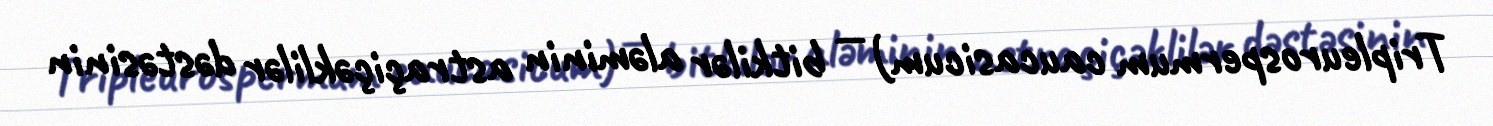
Tripleurospermum caucasicum) — bitkilər aləminin astraçiçəklilər dəstəsinin